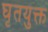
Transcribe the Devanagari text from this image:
घृतयुक्त